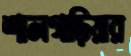
শালগাড়িয়ার